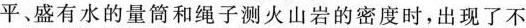
平、盛有水的量筒和绳子测火山岩的密度时，出现了不